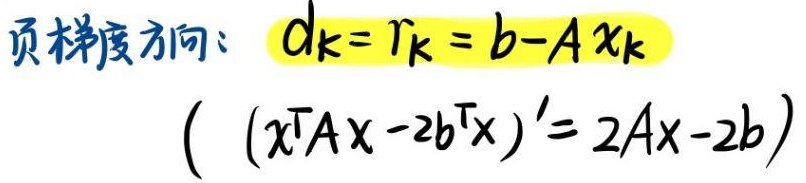
页梯度方向： $d_k = r_k = b - Ax_k$

$((x^TAx - 2b^Tx)' = 2Ax - 2b)$